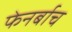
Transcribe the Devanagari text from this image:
फेनर्बाच